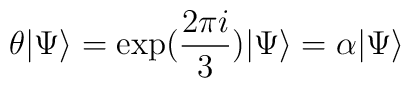
\theta \vert \Psi \rangle = \exp(\frac{2 \pi i}{3}) \vert \Psi \rangle= \alpha \vert \Psi \rangle